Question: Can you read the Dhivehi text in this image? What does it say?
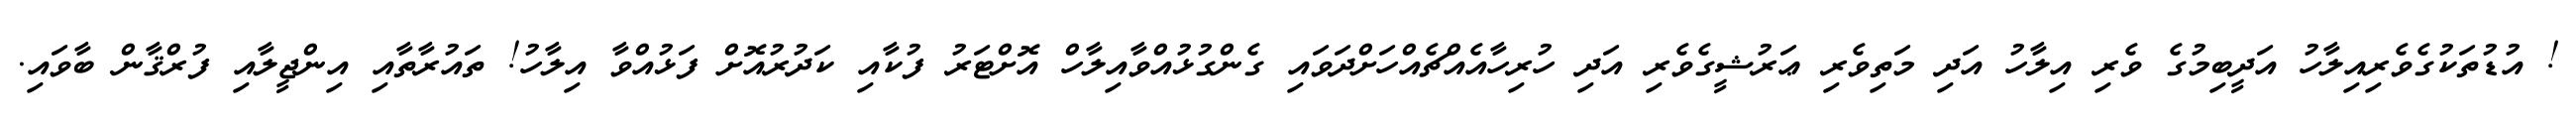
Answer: ! އުޑުތަކުގެވެރިއިލާހު އަދީބިމުގެ ވެރި އިލާހު އަދި މަތިވެރި ޢަރުޝީގެވެރި އަދި ހުރިހާއެއްޗެއްހަށްދަވައި ގެންގުޅުއްވާއިލާހް އޮށްޓަރު ފުކާއި ކަދުރުއޮށް ފަޅުއްވާ އިލާހު! ތައުރާތާއި އިންޖީލާއި ފުރްޤާން ބާވައި.